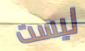
ليست